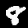
Label: 8